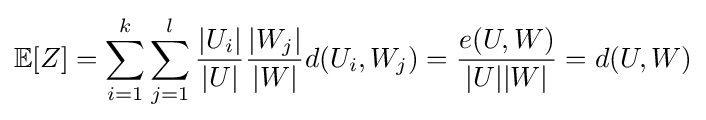
\mathbb {E} [Z]=\sum _{i=1}^{k}\sum _{j=1}^{l}{\frac {|U_{i}|}{|U|}}{\frac {|W_{j}|}{|W|}}d(U_{i},W_{j})={\frac {e(U,W)}{|U||W|}}=d(U,W)